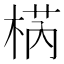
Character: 𣓃